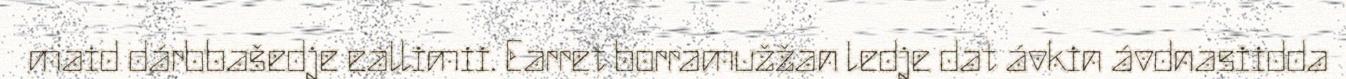
maid dárbbašedje eallimii. Earret borramužžan ledje dat ávkin ávdnasiidda